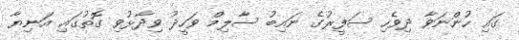
ގައި ހުންނަވާ ދިވެހި ސަފީރުގެ ނައިބު ސާލިމް ވަހީދު ވިދާޅުވި ގޮތުގައި އަނިޔާ